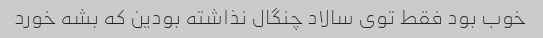
خوب بود فقط توی سالاد چنگال نذاشته بودین که بشه خورد